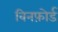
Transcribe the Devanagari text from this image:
विनफ़ोर्ड